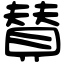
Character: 賛